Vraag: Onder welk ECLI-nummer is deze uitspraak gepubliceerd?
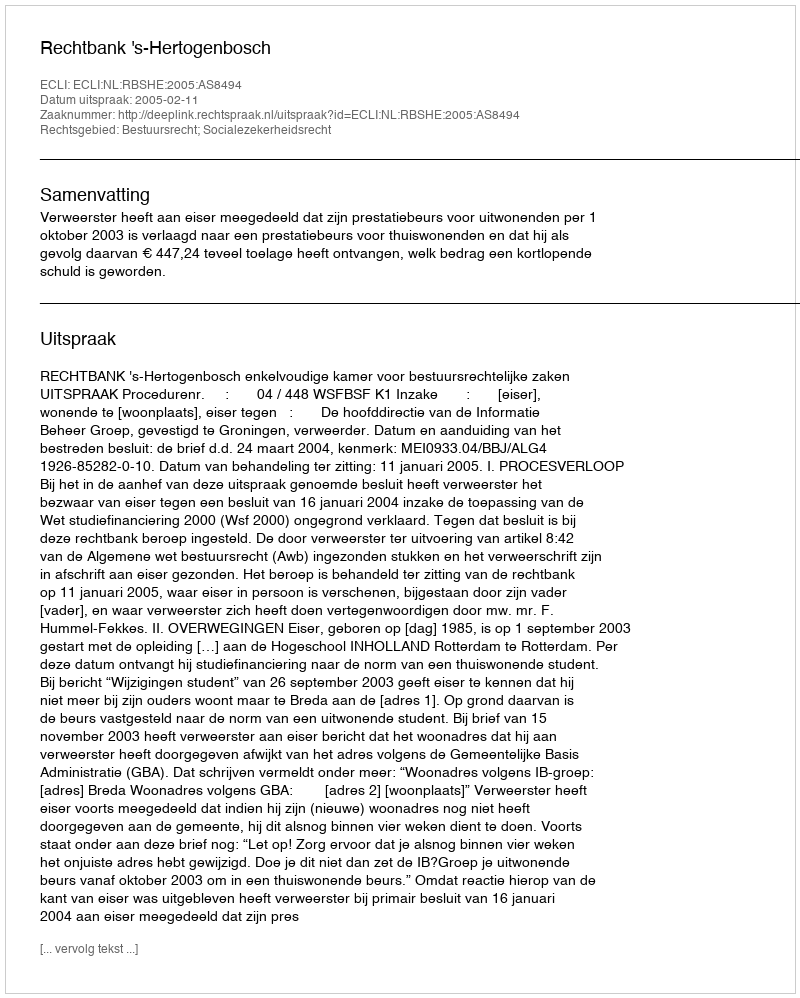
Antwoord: ECLI:NL:RBSHE:2005:AS8494